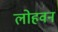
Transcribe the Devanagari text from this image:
लोहवन